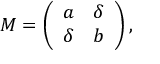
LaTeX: M = \left( \begin{array} { l l } { { a } } & { { \delta } } \\ { { \delta } } & { { b } } \end{array} \right) ,